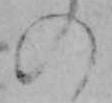
の